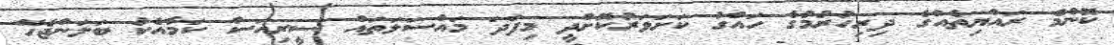
ކޮންމެ ރައްޔިތެއްގެ ދިރިހުރުމުގެ ހައްގު ކަށަވަރުކޮށްދީ މިފަދަ މައްސަލަތައް ސީރިއަސް ކަމާއެކު ބަލަންޖެހޭ